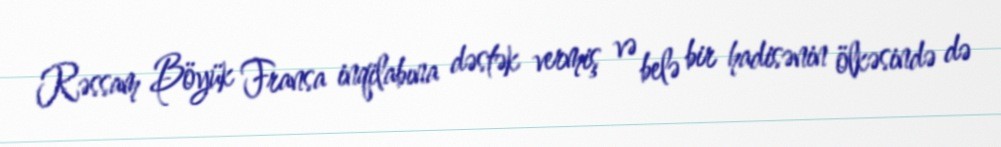
Rəssam Böyük Fransa inqilabına dəstək vermiş və belə bir hadisənin ölkəsində də